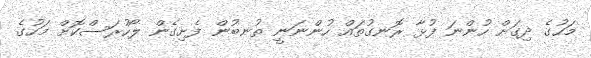
މަހުގެ ދިގަށް ހުންނަ ފުޅާ ރޮނގުތައް ހުންނަނީ ތުނބުން ފެށިގެން ލޯހުރަސްކޮށް މަހުގެ